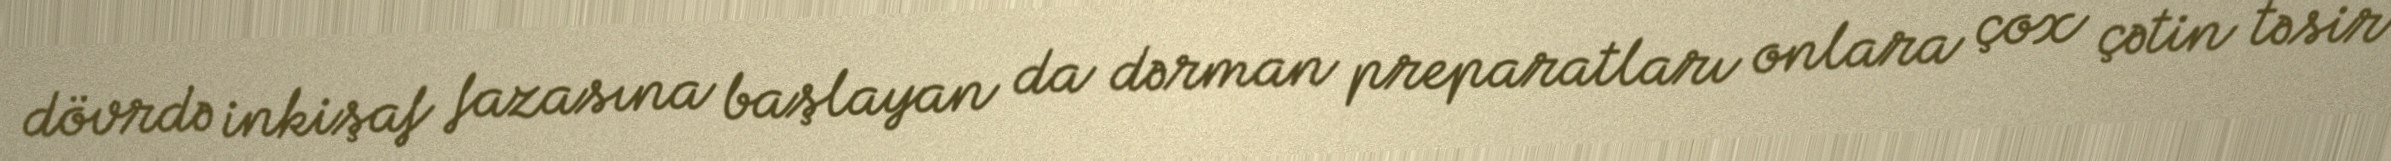
dövrdə inkişaf fazasına başlayan da dərman preparatları onlara çox çətin təsir